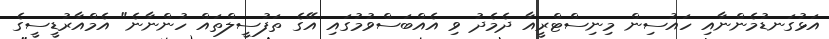
އަޅުގަނޑުމެންނާއި ހައުސިން މިނިސްޓްރީއާ ދެމެދު ވި އެއްބަސްވުމުގައި އޭގެ ތަފުސީލްތައް ހުންނާނެ" އެމްއާރުޑީސީގެ